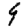
Digit: 9